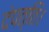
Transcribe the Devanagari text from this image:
दंपत्ति।